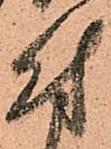
付